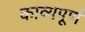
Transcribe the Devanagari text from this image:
काव्यपूर्ण